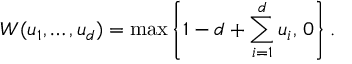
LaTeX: W ( u _ { 1 } , \ldots , u _ { d } ) = \operatorname* { m a x } \left\{ 1 - d + \sum _ { i = 1 } ^ { d } { u _ { i } } , \, 0 \right\} .